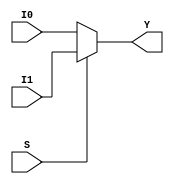
module mux_2to1(I0,I1,S,Y);

output [3:0]Y;
input [3:0]I0,I1;
input S;

assign Y=(S?I1:I0);

endmodule